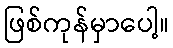
ဖြစ်ကုန်မှာပေါ့။